Report on horse surra - Volume I
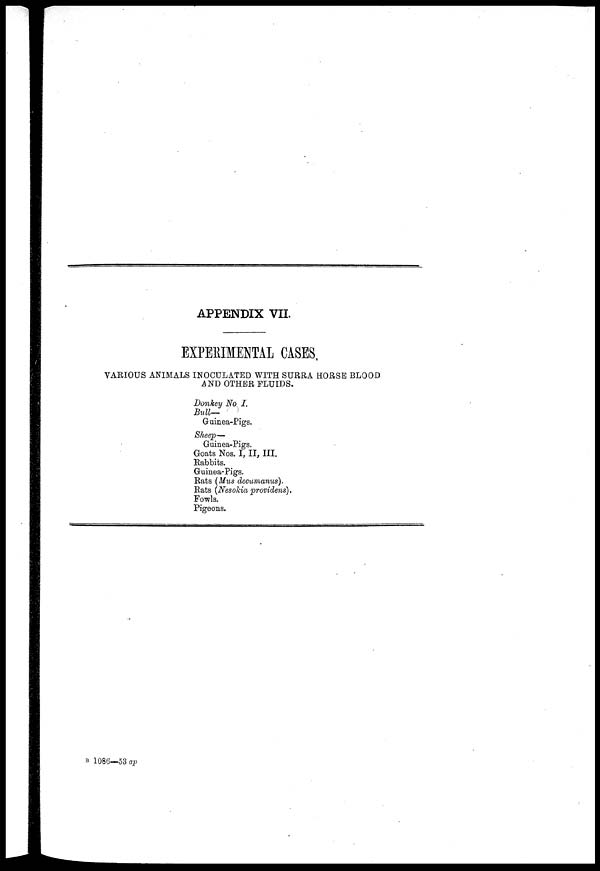
APPENDIX VII.
EXPERIMENTAL CASES.
VARIOUS ANIMALS INOCULATED WITH SURRA HORSE BLOOD
AND OTHER FLUIDS.
Donkey No I.
Bull—
Guinea-Pigs.
Sheep—
Guinea-Pigs.
Goats Nos. I, II, III.
Rabbits.
Guinea-Pigs.
Rats (Mus decumanus).
Rats (Nesokia providens).
Fowls.
Pigeons.
B 1086—53 ap